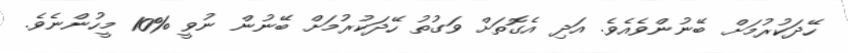
ހޭދަކުރުމަށް ބޭނުންވެއެވެ. އަދި އެގޮތަށް ވަގުތު ހޭދަކުރުމަށް ބޭނުން ނުވީ %10 މީހުންނެވެ.